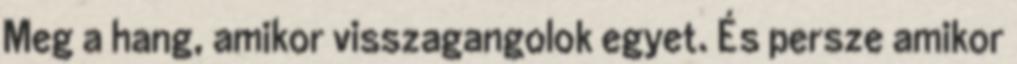
Meg a hang, amikor visszagangolok egyet. És persze amikor